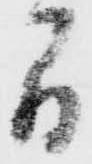
間